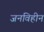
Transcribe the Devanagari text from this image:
जनविहीन